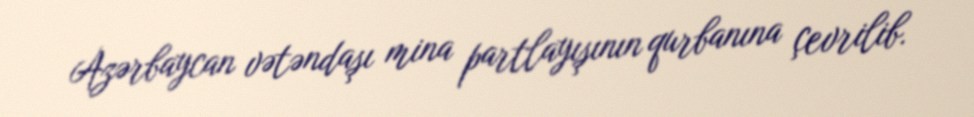
Azərbaycan vətəndaşı mina partlayışının qurbanına çevrilib.